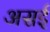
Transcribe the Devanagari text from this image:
असई